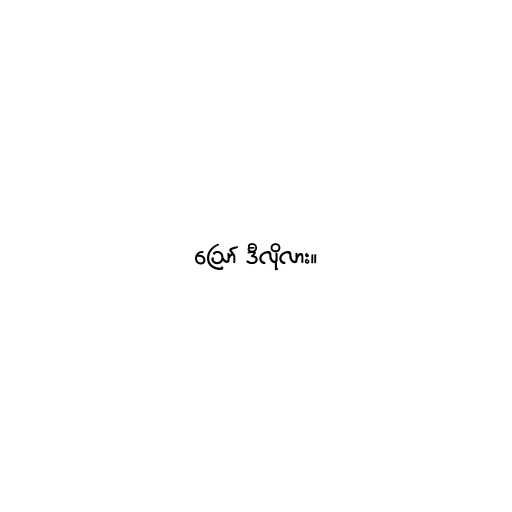
ဪ ဒီလိုလား။